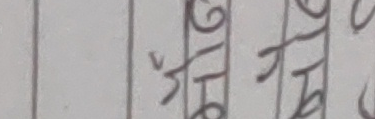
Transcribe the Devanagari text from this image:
जुम्हा